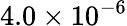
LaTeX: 4.0\times 10^{-6}